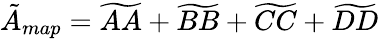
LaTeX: \tilde{A}_{map}=\widetilde{AA}+\widetilde{BB}+\widetilde{CC}+\widetilde{DD}